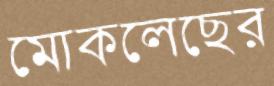
মোকলেছের